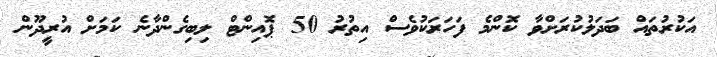
އަކުރުތައް ބަދަލުކުރަށްވާ ކޮންމެ ފަހަރަކުވެސް އިތުރު 50 ޕޮއިންޓް ލިބިގެންދާނެ ކަމަށް އުރީދޫން